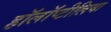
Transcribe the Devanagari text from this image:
हॉलॉप्टीलिया